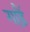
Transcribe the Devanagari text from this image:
गाड़ैं